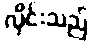
လိုင်းသည်